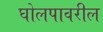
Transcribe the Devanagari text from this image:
घोलपावरील